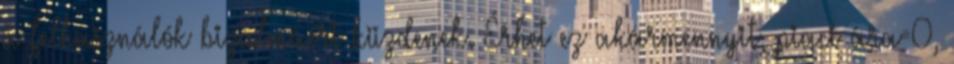
a felhasználók bizalmáért küzdenek. Érhet ez akármennyit, piaci ára=0,